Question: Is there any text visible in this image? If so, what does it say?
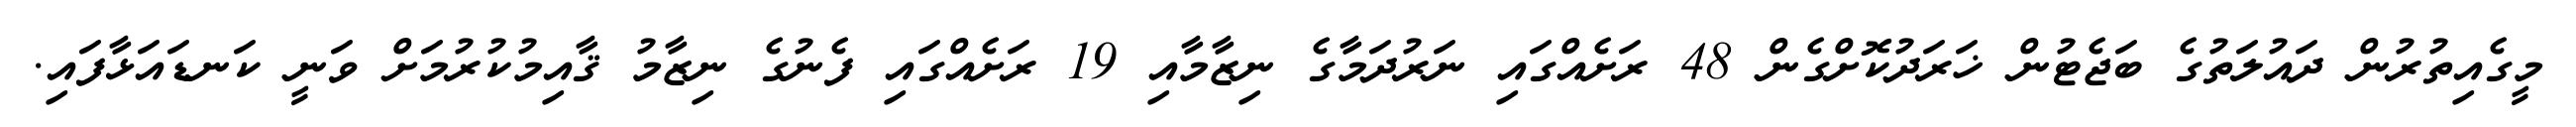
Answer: މީގެއިތުރުން ދައުލަތުގެ ބަޖެޓުން ޚަރަދުކޮށްގެން 48 ރަށެއްގައި ނަރުދަމާގެ ނިޒާމާއި 19 ރަށެއްގައި ފެނުގެ ނިޒާމު ޤާއިމުކުރުމަށް ވަނީ ކަނޑައަޅާފައި.